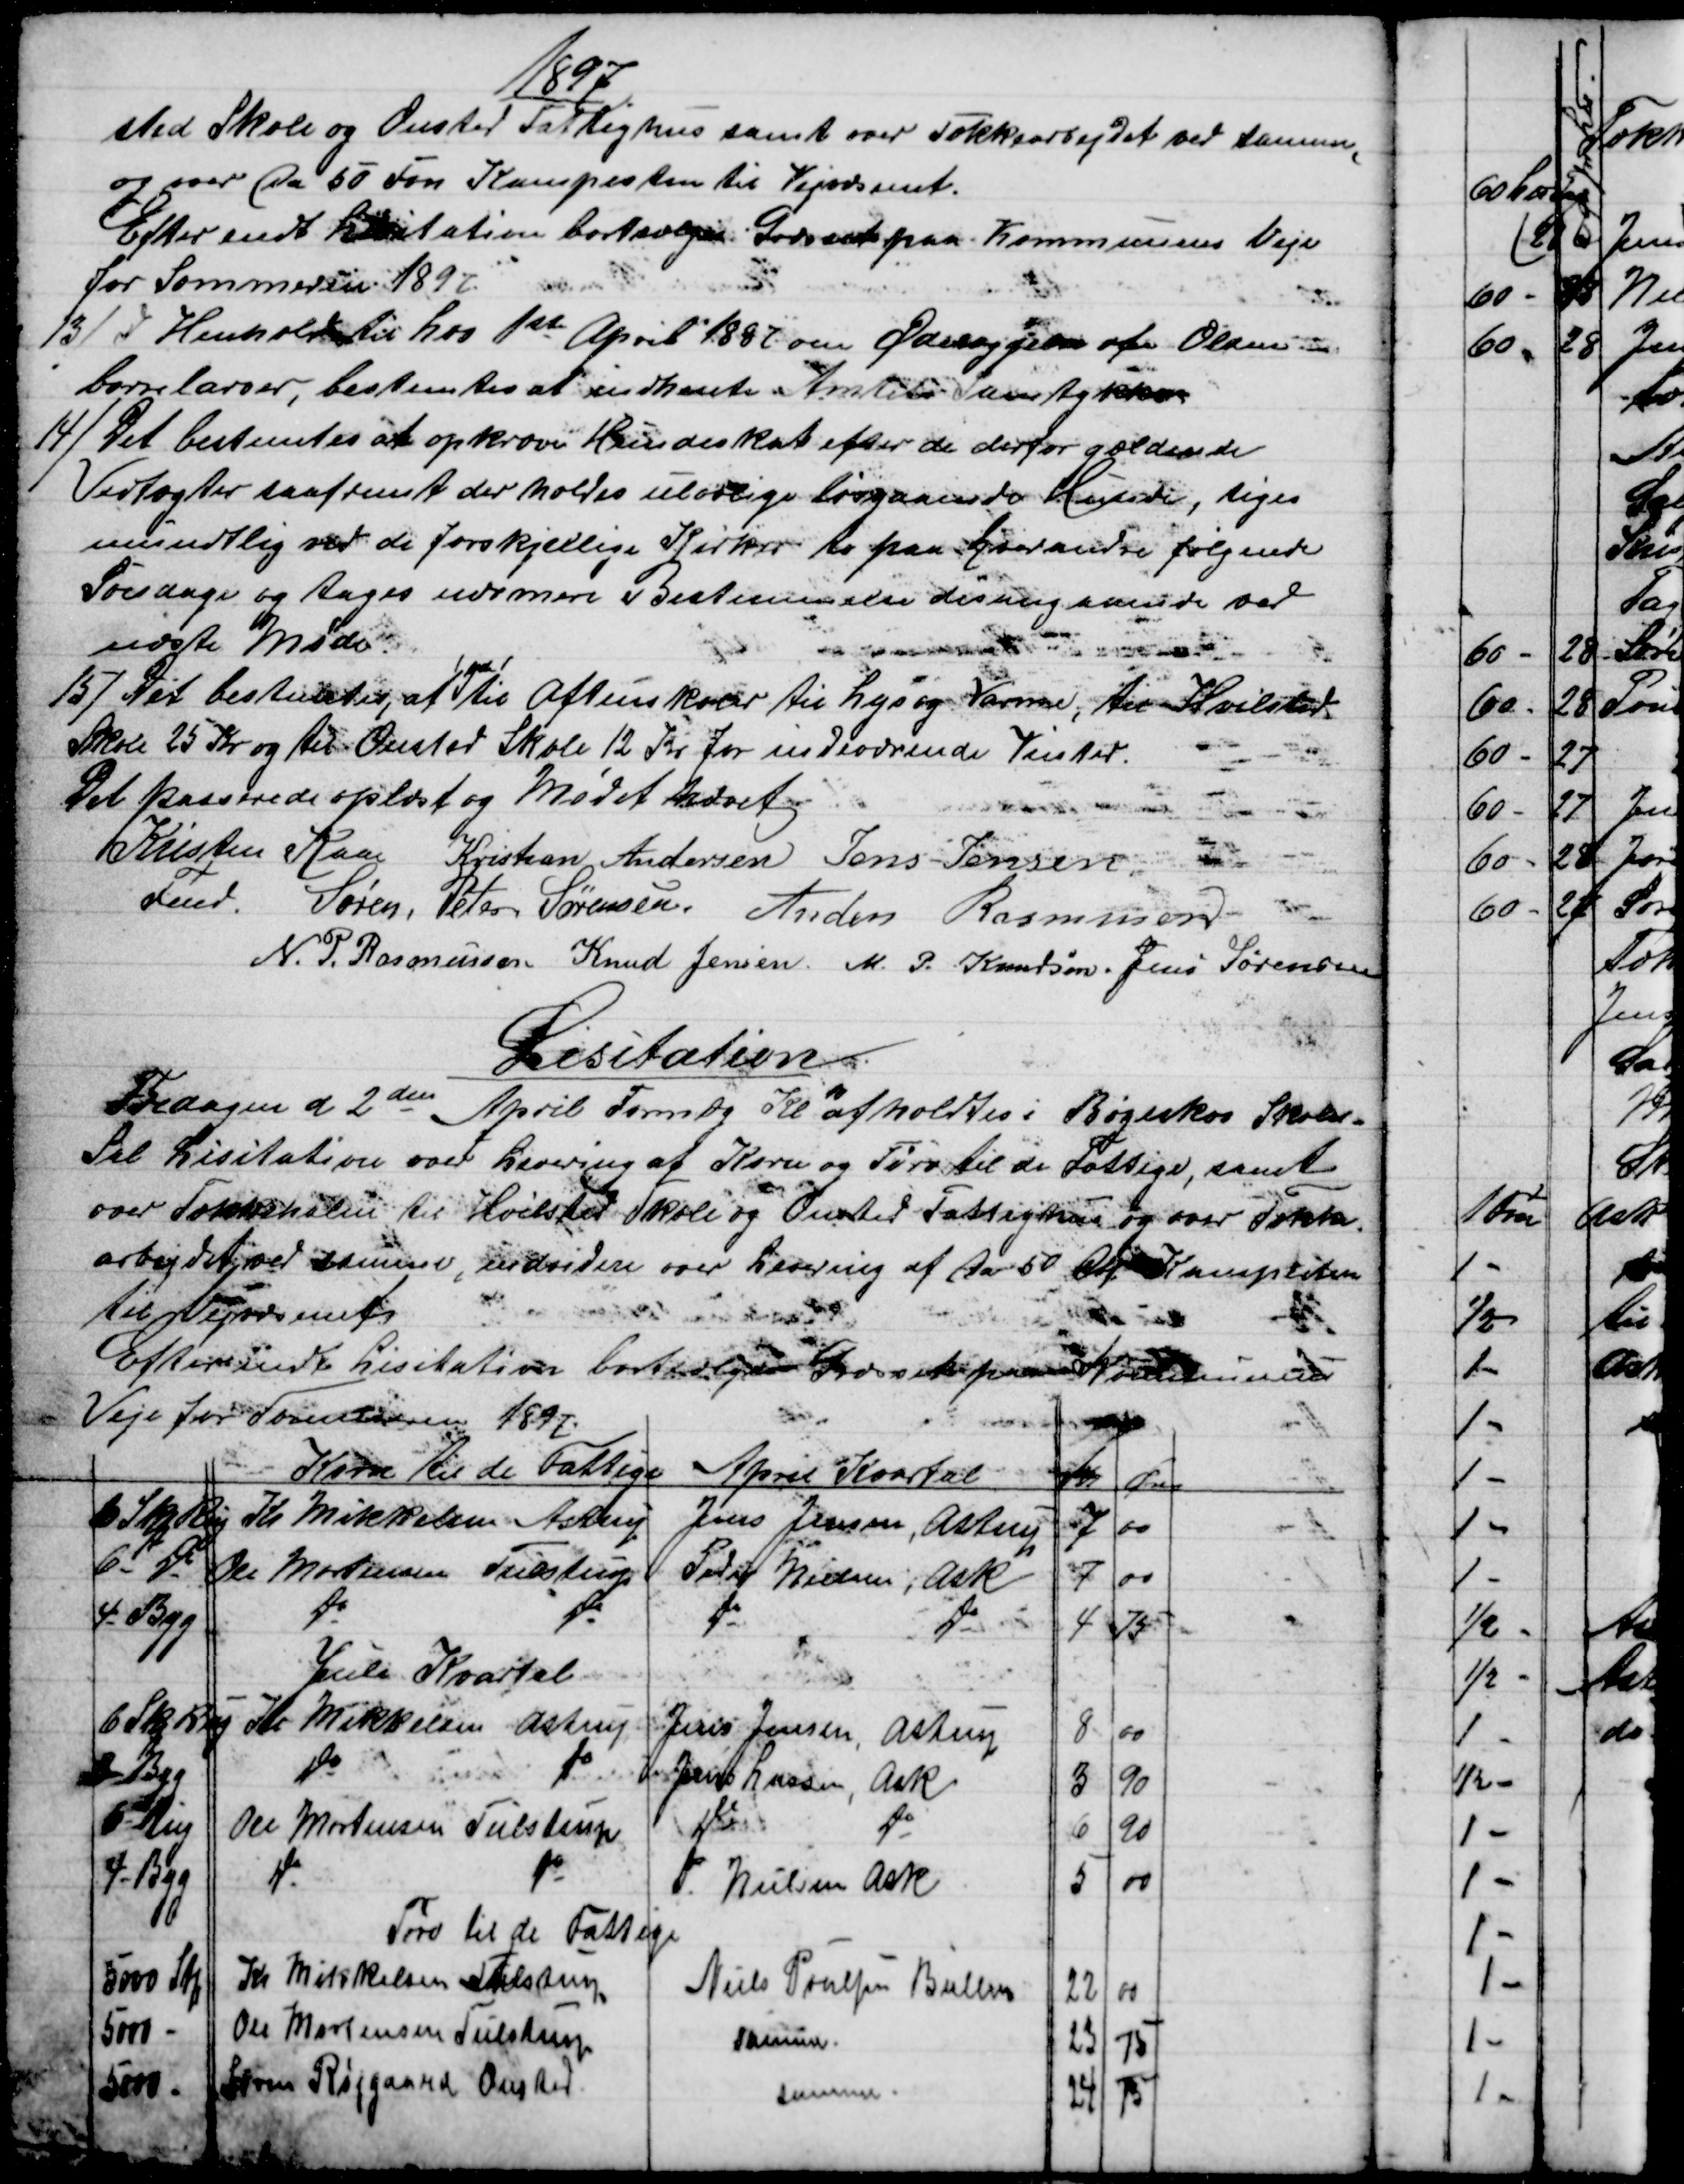
Transskription:
1897
sted Skole og Onsted Fattighus samt over Tækkearbejdet ved samme,
og over Ca 50 Fvn Kampesten til Vejvæsenet.
Efter endt Lisitation bortsælges Græsset paa Kommunens Veje
for Sommeren 1897
13)
I Henhold til Lov 1ste April 1887 om Ødelæggelse af Olden
borrelarver, bestemtes at indhente Amtets Samtykke
14) 
Det bestemtes at opkræve Hundeskat efter de derfor gældende
Vedtægter saafremt der holdes ulovlige løsgaaende Hunde, siges
mundtlig ved de forskjellige Kirker to paa hverandre følgende
Søndage og tages nærmere Bestemmelse desangaaende ved
næste Møde.
15) 
Det bestemtes, at
yde
til Aftenskoler til Lys og Varme, til Hvilsted.
Skole 25 Kr og til Onsted Skole 12 Kr. for indeværende Vinter.
Det passerede oplæst og Mødet hævet.
Kristen Kaae 
Fmd. 
Kristian Andersen Jens Jensen
Søren, Peter Sørensen Anders Rasmussen
N. P. Rasmussen Knud Jensen. M. P. Knudsen. Jens Sørensen
Lisitation
Fredagen d. 2den April Formdg Kl 10 afholdtes i Bøgeskov Skoles-
Sal Lisitation over Levering af Korn og Tørv til de Fattige, samt
over Tækkehalm til Hvilsted Skole og Onsted Fattighus og over Tække.
arbejdet ved samme, indvidere over Levering af Ca. 50 Fvn. Kampesten
til Vejvæsenet
Efter endt Lisitation bortsælges Græsset paa Kommunens
Veje for Sommeren 1897.
Korn til de Fattige
April Kvartal
Kr
Øre
6 Skp Rug
Kr Mikkelsen Astrup
Jens Jensen, Astrup
7
00
6 - do
Ole Mortensen Tulstrup
Peder Nielsen, Ask
7
00
4 - Byg
do
do 
do
do
4
75
Juli Kvartal
6 Skp Rug
Kr. Mikkelsen, Astrup
Jens Jensen, Astrup
8
00
 - Byg
do
do
Jens Lassen, Ask
3
90
 6 - Rug
Ole Mortensen Tulstrup
do
do
6
90
4 - Byg
do
do
P. Nielsen Ask
5
00
Tørv til de Fattige
5000 Stk
Kr Mikkelsen Tulstrup
Niels Poulsen Ballen
22
00
5000 -
Ole Mortensen Tulstrup
samme.
23
75
5000 -
Søren Røjgaard Onsted
samme.
24
75